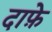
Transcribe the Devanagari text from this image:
दाफ़े